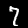
Digit: 7